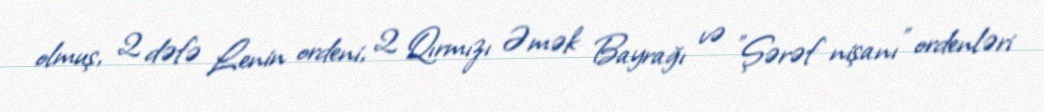
olmuş, 2 dəfə Lenin ordeni, 2 Qırmızı Əmək Bayrağı və "Şərəf nişanı" ordenləri